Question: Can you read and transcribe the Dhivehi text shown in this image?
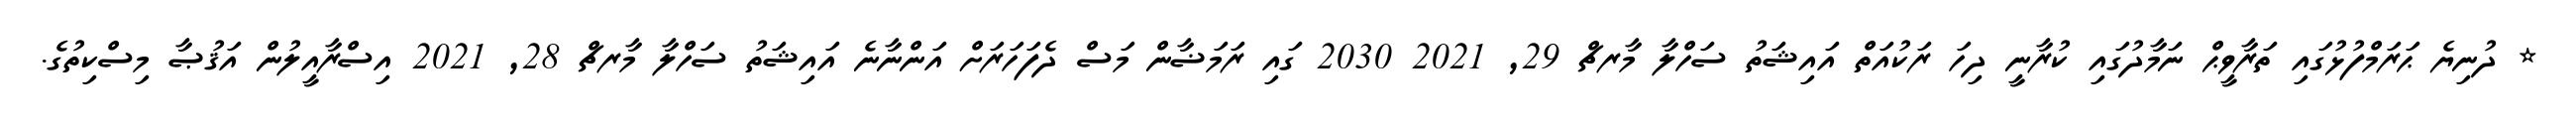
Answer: * ދުނިޔެ ޙަރަމްފުޅުގައި ތަރާވީޙް ނަމާދުގައި ކުރާނީ ދިހަ ރަކުއަތް އައިޝަތު ސަހްލާ މާރޗް 29, 2021 2030 ގައި ރަމަޟާން މަސް ދެފަހަރަށް އަންނާނެ އައިޝަތު ސަހްލާ މާރޗް 28, 2021 އިސްރާއީލުން އަޤުޞާ މިސްކިތުގެ.